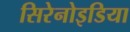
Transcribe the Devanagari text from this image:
सिरेनोइडिया